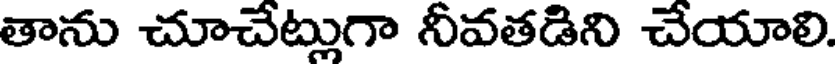
తాను చూచేట్లుగా నీవతడిని చేయాలి.